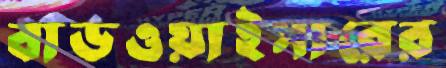
বাডওয়াইসারের